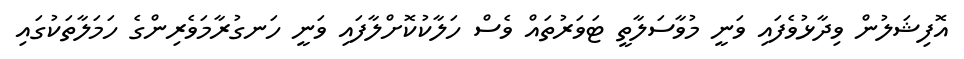
އޮފިޝަލުން ވިދާޅުވެފައި ވަނީ މުވާސަލާތީ ޓަވަރުތައް ވެސް ހަލާކުކޮށްލާފައި ވަނީ ހަނގުރާމަވެރިންގެ ހަމަލާތަކުގައި